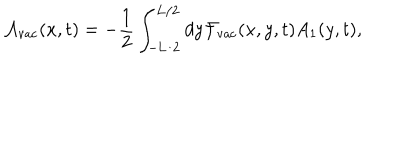
{ \cal A } _ { \mathrm { v a c } } ( x , t ) = - \frac { 1 } { 2 } \int _ { - \mathrm { L } / 2 } ^ { \mathrm { L } / 2 } d y { \cal F } _ { \mathrm { v a c } } ( x , y , t ) A _ { 1 } ( y , t ) ,